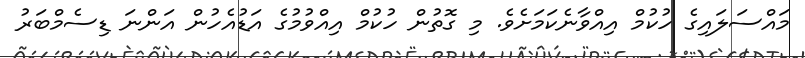
މައްސަލައިގެ ހުކުމް އިއްވާނެކަމަށެވެ. މި ގޮތުން ހުކުމް އިިއްވުމުގެ އަޑުއެހުން އަންނަ ޑިސެމްބަރު